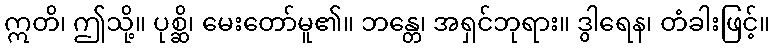
ဣတိ၊ ဤသို့။ ပုစ္ဆိ၊ မေးတော်မူ၏။ ဘန္တေ၊ အရှင်ဘုရား။ ဒွါရေန၊ တံခါးဖြင့်။